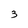
Character: 3